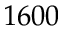
1 6 0 0